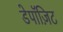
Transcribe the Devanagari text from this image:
डेपॉज़िट